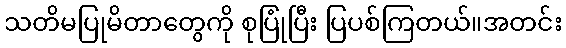
သတိမပြုမိတာတွေကို စုပြုံပြီး ပြပစ်ကြတယ်။အတင်း